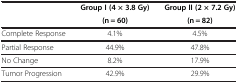
|  | Group I (4 × 3.8 Gy) | Group II (2 × 7.2 Gy) |
 |  | (n = 60) | (n = 82) |
 | --- | --- | --- |
 | Complete Response | 4.1% | 4.5% |
 | Partial Response | 44.9% | 47.8% |
 | No Change | 8.2% | 17.9% |
 | Tumor Progression | 42.9% | 29.9% |